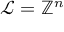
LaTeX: { \mathcal { L } } = \mathbb { Z } ^ { n }